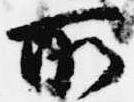
所